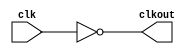
// This program was cloned from: https://github.com/chipsalliance/aib-phy-hardware
// License: Apache License 2.0

// SPDX-License-Identifier: Apache-2.0
// Copyright (C) 2019 Intel Corporation. 
module hdpldadapt_cmn_clkinv
(
        output  wire    clkout,
        input   wire    clk
);

	assign clkout = ~clk;

endmodule // hdpldadapt_cmn_clkinv